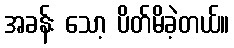
အခန်း သော့ ပိတ်မိခဲ့တယ်။